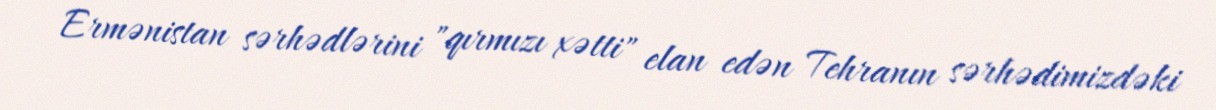
Ermənistan sərhədlərini "qırmızı xətti" elan edən Tehranın sərhədimizdəki